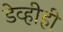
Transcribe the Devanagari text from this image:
डेव्हीही